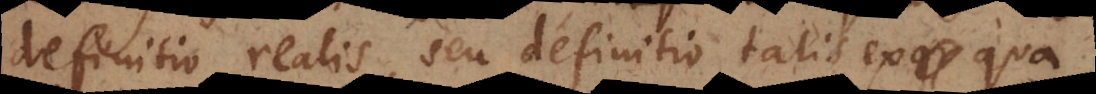
definitio realis, seu definitio talis ex qua